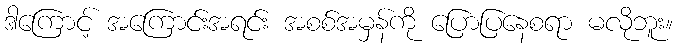
ဒါကြောင့် အကြောင်းအရင်း အစစ်အမှန်ကို ပြောပြနေစရာ မလိုဘူး။